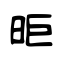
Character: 昛